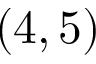
( 4 , 5 )